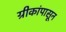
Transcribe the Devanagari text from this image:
ग्रीकांपासून